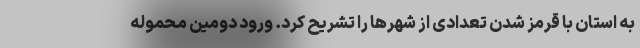
به استان با قرمز شدن تعدادی از شهرها را تشریح کرد. ورود دومین محموله